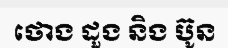
ថោង ដួង និង ប៊ូន